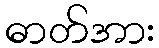
ဓာတ်အား